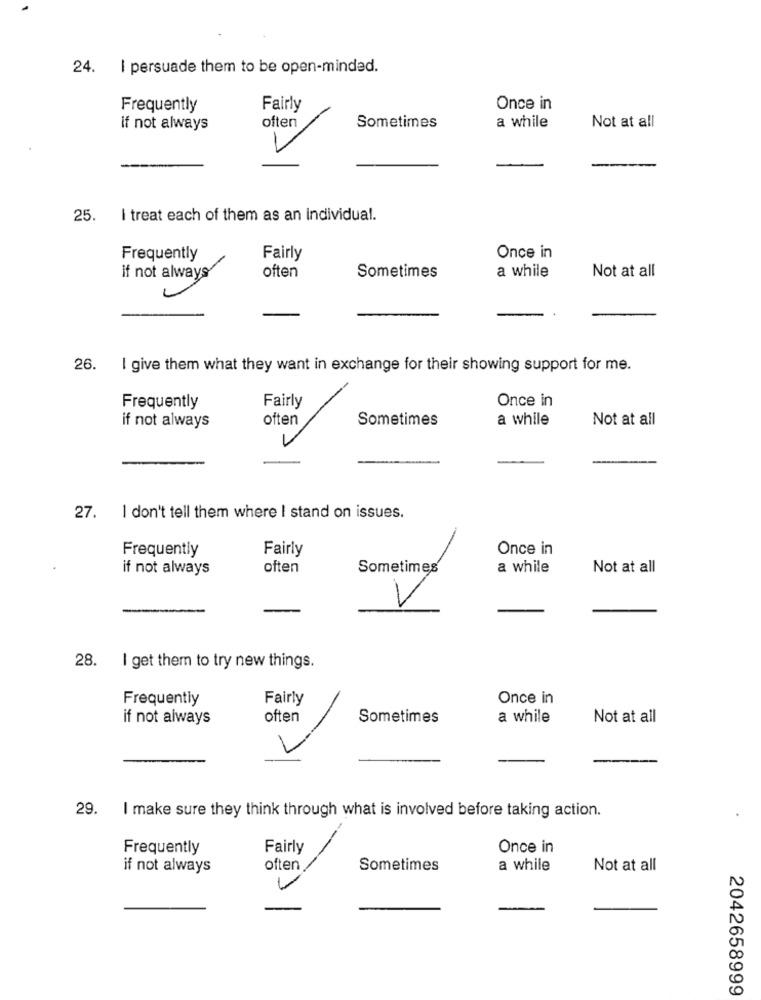
24. | persuade them to be open-minded.
Frequently
Fairly
Once in
often
if not always
Sometimes
a while
Not at all
25.
I treat each of them as an individual.
Frequently
Fairly
Once in
if not always
often
Sometimes
a while
Not at all
26.
I give them what they want in exchange for their showing support for me.
Once in
Frequently
Fairly
if not always
often
Sometimes
a while
Not at all
27. I don't tell them where I stand on issues.
Frequently
Fairly
Once in
if not always
often
Sometimes
a while
Not at all
V
28. I get them to try new things.
Frequently
Fairly
Once in
if not always
often
Sometimes
a while
Not at all
29.
I make sure they think through what is involved before taking action.
Frequently
Fairly
Once in
if not always
often
Sometimes
a while
Not at all
2042658999